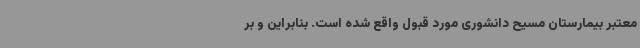
معتبر بیمارستان مسیح دانشوری مورد قبول واقع شده است. بنابراین و بر